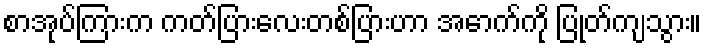
စာအုပ်ကြားက ကတ်ပြားလေးတစ်ပြားဟာ အောက်ကို ပြုတ်ကျသွား။